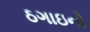
ઠગાઇનો